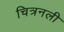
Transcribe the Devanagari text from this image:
चित्रनली